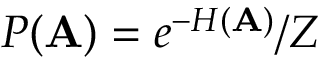
P ( \mathbf { A } ) = e ^ { - H ( \mathbf { A } ) } / Z